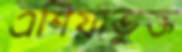
এশিয়াভুক্ত